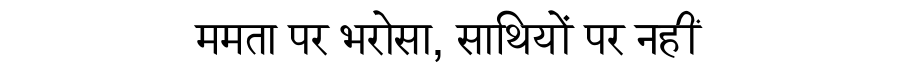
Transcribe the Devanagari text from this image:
ममता पर भरोसा, साथियों पर नहीं